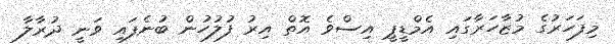
މިފަހަރުގެ މުޒާހަރާގައި އެމްޑީޕީ އިސްވެ އޮތް އިރު ފުލުހުން ބުނެފައި ވަނީ ދުރާލާ